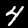
Digit: 4